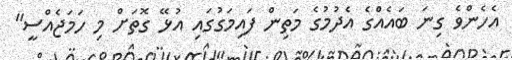
އެހެންވެ ގިނަ ބައެއްގެ އެދުމުގެ މަތިން ފައިމަގުގައި އުޅޭ ގޮތަށް މި ހަމަޖެއްސީ"